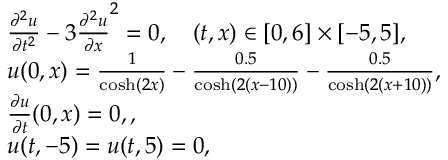
\begin{array} { r l } & { \frac { \partial ^ { 2 } u } { \partial t ^ { 2 } } - 3 \frac { \partial ^ { 2 } u } { \partial x } ^ { 2 } = 0 , \quad ( t , x ) \in [ 0 , 6 ] \times [ - 5 , 5 ] , } \\ & { u ( 0 , x ) = \frac { 1 } { \cosh ( 2 x ) } - \frac { 0 . 5 } { \cosh ( 2 ( x - 1 0 ) ) } - \frac { 0 . 5 } { \cosh ( 2 ( x + 1 0 ) ) } , } \\ & { \frac { \partial u } { \partial t } ( 0 , x ) = 0 , , } \\ & { u ( t , - 5 ) = u ( t , 5 ) = 0 , } \end{array}